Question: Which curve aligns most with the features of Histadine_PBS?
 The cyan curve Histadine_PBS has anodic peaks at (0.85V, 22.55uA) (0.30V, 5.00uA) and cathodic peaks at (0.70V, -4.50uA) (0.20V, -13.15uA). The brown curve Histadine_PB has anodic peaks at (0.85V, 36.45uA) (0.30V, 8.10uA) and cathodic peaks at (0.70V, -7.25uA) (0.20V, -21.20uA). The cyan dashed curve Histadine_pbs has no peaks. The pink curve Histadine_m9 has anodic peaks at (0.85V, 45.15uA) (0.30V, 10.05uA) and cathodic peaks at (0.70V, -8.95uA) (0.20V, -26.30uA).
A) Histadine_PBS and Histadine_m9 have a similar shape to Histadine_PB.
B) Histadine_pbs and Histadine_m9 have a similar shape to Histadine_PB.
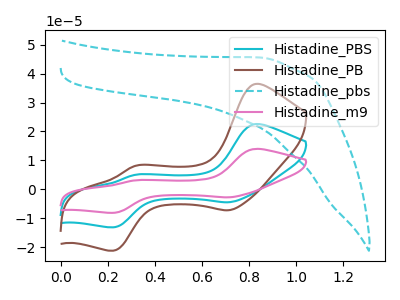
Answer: <think>All the peaks in "Histadine_PBS" have a peak in "Histadine_PB" at the same potential. Every peak in "Histadine_PBS" is lower than every peak in "Histadine_PB". "Histadine_PBS" and "Histadine_pbs" have a different number of peaks. All the peaks in "Histadine_PBS" have a peak in "Histadine_m9" at the same potential. Every peak in "Histadine_PBS" is lower than every peak in "Histadine_m9". "Histadine_PB" and "Histadine_pbs" have a different number of peaks. All the peaks in "Histadine_PB" have a peak in "Histadine_m9" at the same potential. Every peak in "Histadine_PB" is lower than every peak in "Histadine_m9". "Histadine_pbs" and "Histadine_m9" have a different number of peaks.
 </think>
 <answer>A) "Histadine_PBS" and "Histadine_m9" have a similar shape to "Histadine_PB".</answer>
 <eval>A</eval>